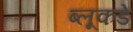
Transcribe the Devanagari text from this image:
ब्लूकडे